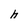
Character: h